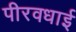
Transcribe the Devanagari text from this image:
पीरवधाई